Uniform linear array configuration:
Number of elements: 4
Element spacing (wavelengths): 0.75
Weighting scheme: cosine
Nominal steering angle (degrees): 45
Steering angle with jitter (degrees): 46.18
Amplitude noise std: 0.05
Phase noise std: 0.05

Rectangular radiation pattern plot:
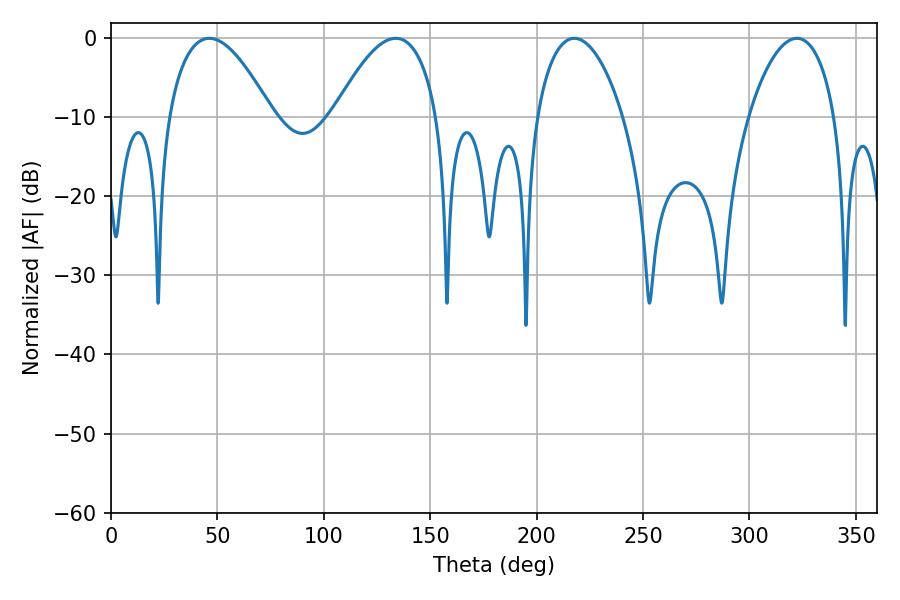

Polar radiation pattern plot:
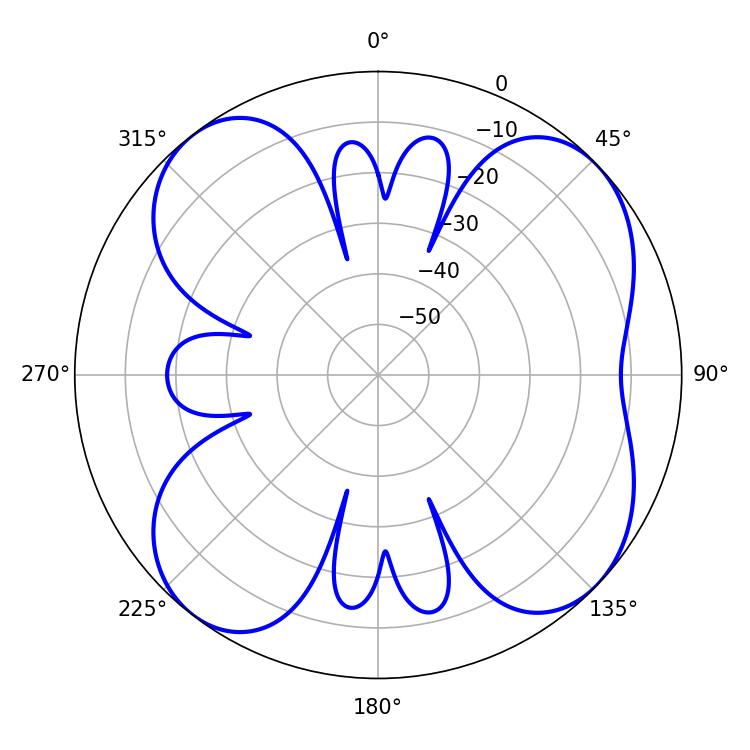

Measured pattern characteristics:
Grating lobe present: TRUE
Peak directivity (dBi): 9.117
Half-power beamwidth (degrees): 26.82
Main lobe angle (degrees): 46.26